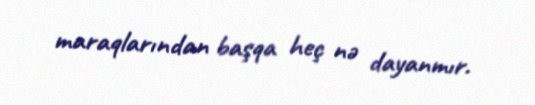
maraqlarından başqa heç nə dayanmır.